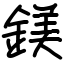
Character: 鎂